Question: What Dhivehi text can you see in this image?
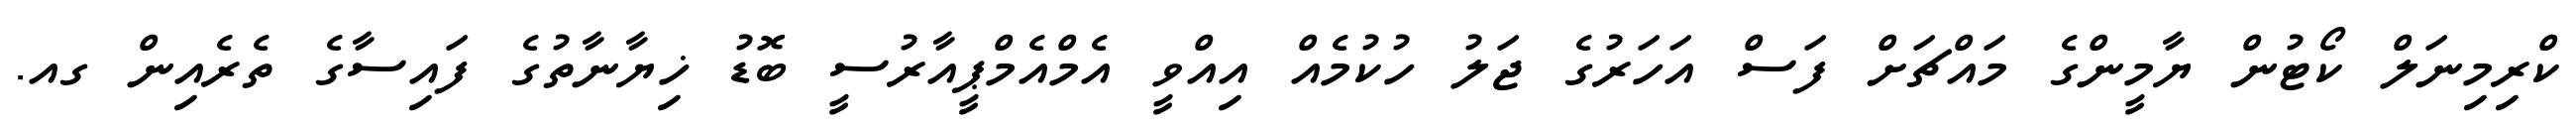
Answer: ކްރިމިނަލް ކޯޓުން ޔާމީންގެ މައްޗަށް ފަސް އަހަރުގެ ޖަލު ހުކުމެއް އިއްވީ އެމްއެމްޕީއާރުސީ ބޮޑު ޚިޔާނާތުގެ ފައިސާގެ ތެރެއިން ގއ.